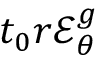
t _ { 0 } r \mathcal { E } _ { \theta } ^ { g }